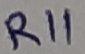
Text: R11